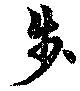
歩